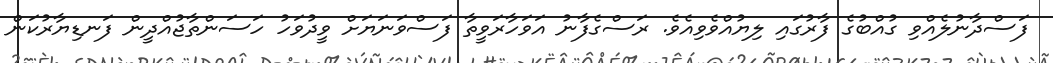
ފަސްދާނުލެއްވި ގުއްބުގެ ފާރުގައި ލިޔުއްވެވިއެވެ. ރަސްގެފާނު އަވަހާރަވީތާ ފަސްވަނަޔަށް ވީދުވަހު ހަސަންތާޖުއްދީން ފަނޑިޔާރުކަން